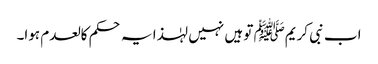
اب نبی کریمﷺ تو ہیں نہیں لہٰذا یہ حکم کالعدم ہوا۔